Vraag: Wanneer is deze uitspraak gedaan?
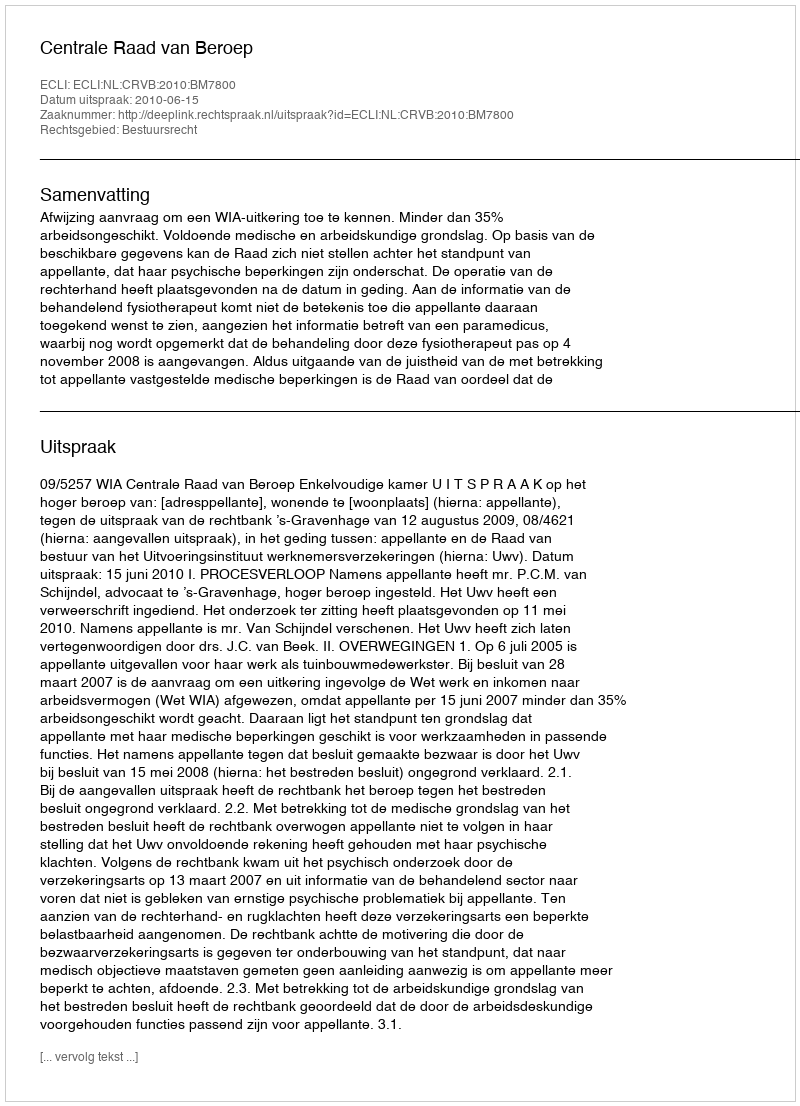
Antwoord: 2010-06-15